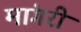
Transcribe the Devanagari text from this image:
मांगरी